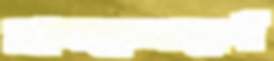
ব্রানডেনবুর্গ